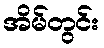
အိမ်တွင်း